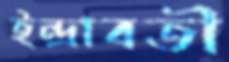
ইন্দ্রাবতী